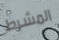
المشرط